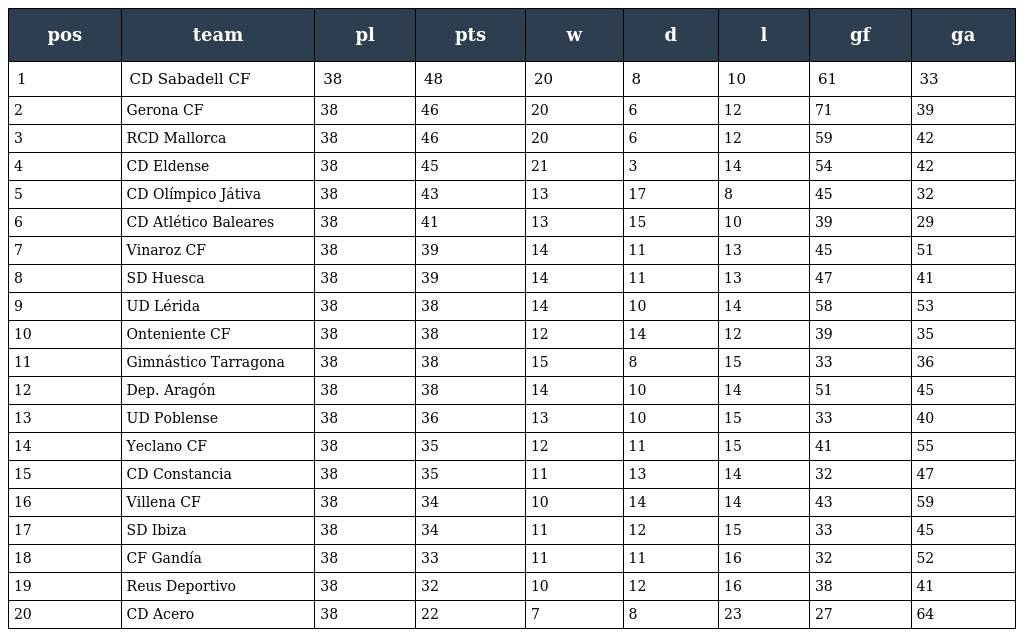
| pos | team | pl | pts | w | d | l | gf | ga |
 | --- | --- | --- | --- | --- | --- | --- | --- | --- |
 | 1 | CD Sabadell CF | 38 | 48 | 20 | 8 | 10 | 61 | 33 |
 | 2 | Gerona CF | 38 | 46 | 20 | 6 | 12 | 71 | 39 |
 | 3 | RCD Mallorca | 38 | 46 | 20 | 6 | 12 | 59 | 42 |
 | 4 | CD Eldense | 38 | 45 | 21 | 3 | 14 | 54 | 42 |
 | 5 | CD Olímpico Játiva | 38 | 43 | 13 | 17 | 8 | 45 | 32 |
 | 6 | CD Atlético Baleares | 38 | 41 | 13 | 15 | 10 | 39 | 29 |
 | 7 | Vinaroz CF | 38 | 39 | 14 | 11 | 13 | 45 | 51 |
 | 8 | SD Huesca | 38 | 39 | 14 | 11 | 13 | 47 | 41 |
 | 9 | UD Lérida | 38 | 38 | 14 | 10 | 14 | 58 | 53 |
 | 10 | Onteniente CF | 38 | 38 | 12 | 14 | 12 | 39 | 35 |
 | 11 | Gimnástico Tarragona | 38 | 38 | 15 | 8 | 15 | 33 | 36 |
 | 12 | Dep. Aragón | 38 | 38 | 14 | 10 | 14 | 51 | 45 |
 | 13 | UD Poblense | 38 | 36 | 13 | 10 | 15 | 33 | 40 |
 | 14 | Yeclano CF | 38 | 35 | 12 | 11 | 15 | 41 | 55 |
 | 15 | CD Constancia | 38 | 35 | 11 | 13 | 14 | 32 | 47 |
 | 16 | Villena CF | 38 | 34 | 10 | 14 | 14 | 43 | 59 |
 | 17 | SD Ibiza | 38 | 34 | 11 | 12 | 15 | 33 | 45 |
 | 18 | CF Gandía | 38 | 33 | 11 | 11 | 16 | 32 | 52 |
 | 19 | Reus Deportivo | 38 | 32 | 10 | 12 | 16 | 38 | 41 |
 | 20 | CD Acero | 38 | 22 | 7 | 8 | 23 | 27 | 64 |